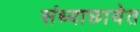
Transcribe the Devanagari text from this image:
संध्याछायेत